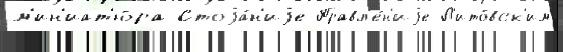
м'ин'иат'ю́ра Стоjа́н'иjе Правл'е́н'иjе Л'ито́вск'им